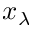
x _ { \lambda }